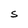
Character: S